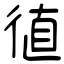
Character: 徝